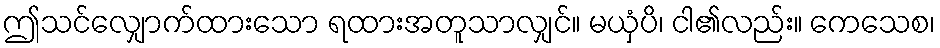
ဤသင်လျှောက်ထားသော ရထားအတူသာလျှင်။ မယှံပိ၊ ငါ၏လည်း။ ကေသေစ၊